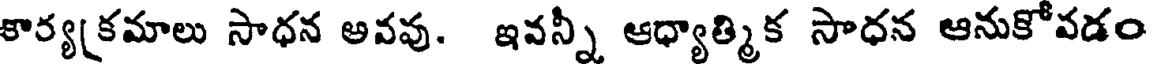
కార్యక్రమాలు సాధన అవవు. ఇవన్నీ ఆధ్యాత్మిక సాధన ఆనుకోవడం